Medical and sanitary report of the native army of Bengal for the year
Year: 1877
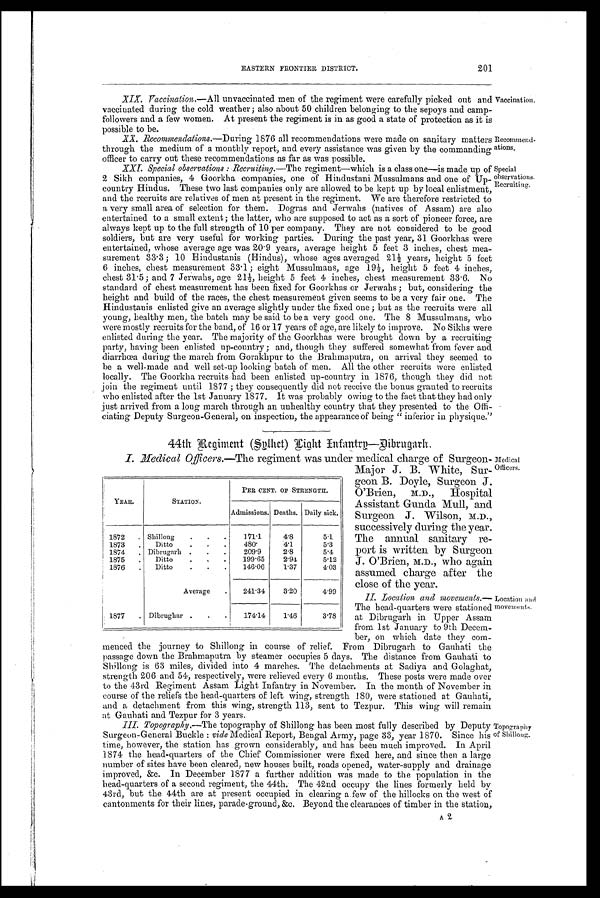
Vaccination.
Recommend-
ations.
Special
observations.
Recruiting.
201
EASTERN FRONTIE DISTRICT.
XIX.
Vaccination.—All unvaccinated men of the regiment were carefully picked out and
vaccinated during the cold weather; also about 50 children belonging to the sepoys and camp-
followers and a few women. At present the regiment is in as good a state of protection as it is
possible to be.
XX. Recommendations.—During 1876 all recommendations were made on sanitary matters
through the medium of a monthly report, and every assistance was given by the commanding
officer to carry out these recommendations as far as was possible.
X X L . S p e c i a l o b s e r v a t i o n s : R e c r u i t i n g . — T h e
r e g i m e n t — w h i c h i s a c l a s s o n e — i s m a d e u p o f
2 Sikh companies, 4 Goorkha companies, one of Hindustani Mussulmans and one of Up--
country Hindus. These two last companies only are allowed to be kept up by local enlistment,
and the recruits are relatives of men at present in the regiment. We are therefore restricted to
a very small area of selection for them. Dogras and Jerwahs (natives of Assam) are also
entertained to a small extent; the latter, who are supposed to act as a sort of pioneer force, are
always kept up to the full strength of 10 per company. They are not considered to be good
soldiers, but are very useful for working parties. During the past year, 31 Goorkhas were
entertained, whose average age was 20.9 years, average height 5 feet 3 inches, chest mea-
surement 33.3; 10 Hindustanis (Hindus), whose ages averaged 21½ years, height 5 feet
6 inches, chest measurement 33.1; eight Mussulmans, age 19½, height 5 feet 4 inches,
chest 31.5; and 7 Jerwahs, age 21½, height 5 feet 4 inches, chest measurement 33.6. No
standard of chest measurement has been fixed for Goorkhas or Jerwahs; but, considering the
height and build of the races, the chest measurement given seems to be a very fair one. The
Hindustauis enlisted give an average slightly under the fixed one; but as the recruits were all
young, healthy men, the batch may be said to be a very good one. The 8 Mussulmans, who
were Mostly recruits for the band, of 16 or 17 years of age, are likely to improve. No Sikhs were
enlisted during the year. The majority of the Goorkhas were brought down by a recruitin
g p a r t y , h a v i n g b e e n e n l i s t e d u p - c o u n t r y ; a n d , t h o u g h t h e y s u f f e r e d s o m e w h a t f r o m f e v e r a n d
diarrhœa during the march from Gorakhpur to the Brahmaputra, on arrival they seemed to
be a well-made and well set-up looking batch of men. All the other recruits were enlisted
locally. The Goorkha recruits had been enlisted up-country in 1876, though they did not
join the regiment until 1877; they consequently did not receive the bonus granted to recruits
who enlisted after the 1st January 1877. It was probably owing to the fact that they had only
just arrived from a long march through an unhealthy country that they presented to the Offi-
ciating Deputy Surgeon-General, on inspection, the appearance of being "inferior in physique."
44th Regiment (Sylhet) Hight Infantry—Dibrugarh.
I. Medical Officers.—The regiment was under medical charge of Surgeon-
Major J. B. White, Sur-
geon B. Doyle, Surgeon J.
O'Brien, M.D., Hospital
Assistant Gunda Mull, and
Surgeon J. Wilson, M.D.,
successively during the year.
The annual sanitary re-
port is written by Surgeon
J. O'Brien, M.D., who again
assumed charge after the
close of the year.
II. Location and movements.—
The head-quarters were stationed
at Dibrugarh in Upper Assam
from 1st January to 9th Decem
-
ber, on which date they com-
menced the journey to Shillong in course of relief. From Dibrugarh to Gauhati the
passage down the Brabmaputra by steamer occupies 5 days. The distance from Gauhati to
Shillong is 63 miles, divided into 4 marches. The detachments at Sadiya and Golaghat,
strength 206 and 54, respectively, were relieved every 6 months. These posts were made over
to the 43rd Regiment Assam Light Infantry in November. In the month of November in
course of the reliefs the head-quarters of left wing, strength 180, were stationed at Gauhati,
and a detachment from this wing, strength 113, sent to Tezpur. This wing will remain
at Gauhati and Tezpur for 3 years.
III. Topography,—The topography of Shillong has been most fully described by Deputy
Surgeon-General Buckle : vide Medical Report, Bengal Army, page 33, year 1870. Since his
time, however, the station has grown considerably, and has been much improved. In April
1874 the head-quarters of the Chief Commissioner were fixed here, and since then a large
number of sites have been cleared, new houses built, roads opened, water-supply and drainage
improved, &c. In December 1877 a further addition was made to the population in the
head-quarters of a second regiment, the 44th. The and occupy the lines formerly held by
43rd, but the 44th are at present occupied in clearing a few of the hillocks on the west of
cantonments for their lines, parade-ground, &c. Beyond the clearances of timber in the station,
A2
YEAR.
STATION.
PER CENT. OF STRENGTH.
Admissions. Deaths. Daily sick.
1872
. Shillong
.
.
.
171.1
4.8
5.1
1873
.
Ditto
.
.
.
480.
4.1
5.3
1874
. Dibrugarh .
.
.
209.9
2.8
5.4
1875
.
Ditto
.
.
.
199.65
2.94
5.12
1876
.
Ditto
.
.
.
146.06
1.37
4.03
Average
.
241.34
3.20
4.99
1877
. Dibrughar .
.
.
174.14
1.46
3.78
Medical
Officers.
Location and
movements.
Topography
of Shillong.